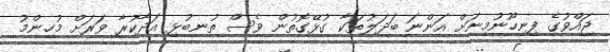
ޖައްވުގެ ފިނިހޫނުމިނަށް އަންނަ ބަދަލުތަކާ ގުޅޭގޮތުން ވެސް ތުނބުޅި އަދާކުރާ ވަރަށް މުހިންމު